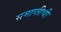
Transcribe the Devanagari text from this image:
समाप्तीची